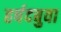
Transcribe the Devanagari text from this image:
हर्षदबुवा